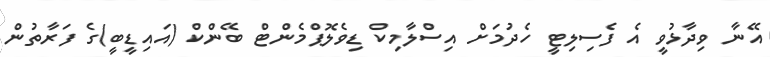
އޭނާ ވިދާޅުވީ އެ ފެސިލިޓީ ހެދުމަށް އިސްލާމިކް ޑިވެލޮޕްމެންޓް ބޭންކް (އައިޑީބީ)ގެ ފަރާތުން